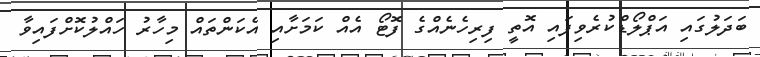
ބަދަލުގައި އަޕްލޯޑްކުރެވިފައި އޮތީ ފިރިހެނެއްގެ ފޮޓޯ އެެއް ކަމަށާއި އެކަންތައް މިހާރު ހައްލުކޮށްފައިވާ